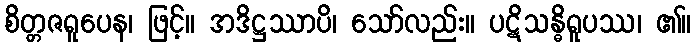
စိတ္တဇရူပေန၊ ဖြင့်။ အဒိဋ္ဌဿာပိ၊ သော်လည်း။ ပဋိသန္ဓိရူပဿ၊ ၏။